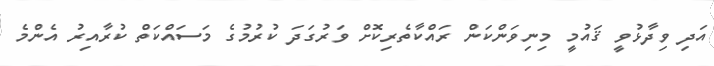
އަދި ވިދާޅުވީ ޤައުމީ މިނިވަންކަން ރައްކާތެރިކޮށް ވަރުގަދަ ކުރުމުގެ މަސައްކަތް ކުރާއިރު އެންމެ